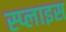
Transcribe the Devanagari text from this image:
स्प्लाइस